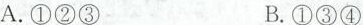
A.①②③ B.①③④